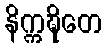
နိက္ကဍ္ဎိတေ